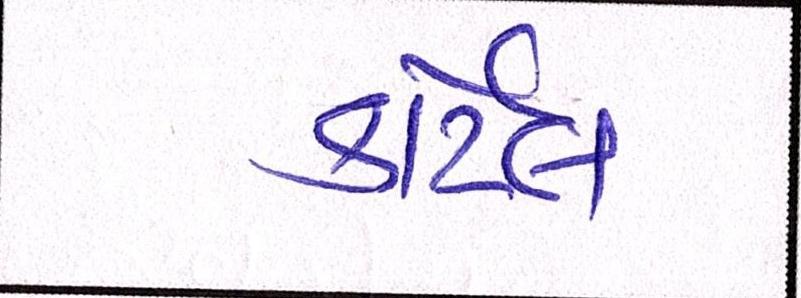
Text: કાર્ટેલ